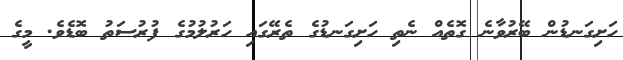
ހަށިގަނޑުން ބޭރުވާނެ ގޮތެއް ނެތި ހަށިގަނޑުގެ ތެރޭގައި ހަރުލުމުގެ ފުރުސަތު ބޮޑެވެ. މީގެ